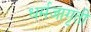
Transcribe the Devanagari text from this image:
धर्मजागृती